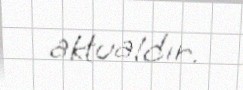
aktualdır.